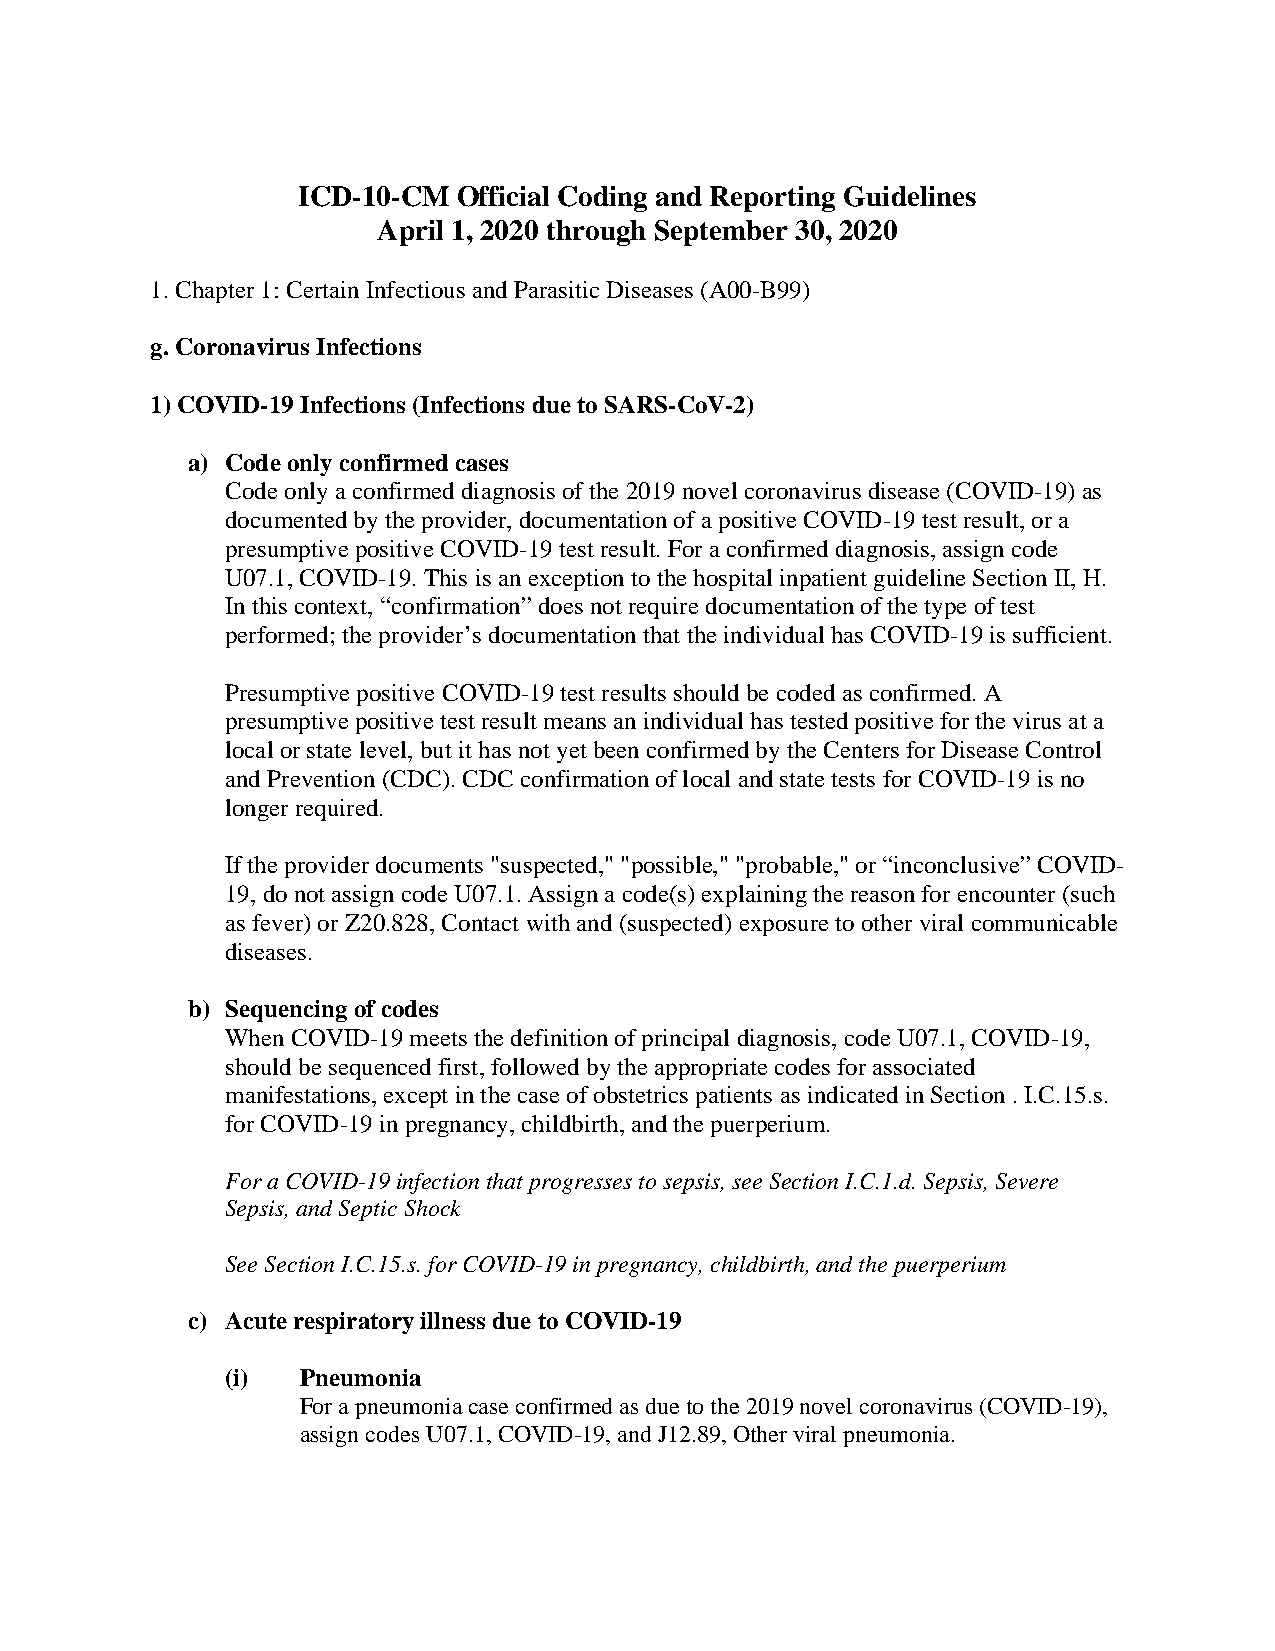
ICD-10-CM Official Coding and Reporting Guidelines
 April 1, 2020 through September 30, 2020
 1. Chapter 1: Certain Infectious and Parasitic Diseases (A00-B99)
 g. Coronavirus Infections
 1) COVID-19 Infections (Infections due to SARS-CoV-2)
 a) Code only confirmed cases
 Code only a confirmed diagnosis of the 2019 novel coronavirus disease (COVID-19) as
 documented by the provider, documentation of a positive COVID-19 test result, or a
 presumptive positive COVID-19 test result. For a confirmed diagnosis, assign code
 U07.1, COVID-19. This is an exception to the hospital inpatient guideline Section II, H.
 In this context, “confirmation” does not require documentation of the type of test
 performed; the provider’s documentation that the individual has COVID-19 is sufficient.
 Presumptive positive COVID-19 test results should be coded as confirmed. A
 presumptive positive test result means an individual has tested positive for the virus at a
 local or state level, but it has not yet been confirmed by the Centers for Disease Control
 and Prevention (CDC). CDC confirmation of local and state tests for COVID-19 is no
 longer required.
 If the provider documents "suspected," "possible," "probable," or “inconclusive” COVID-
 19, do not assign code U07.1. Assign a code(s) explaining the reason for encounter (such
 as fever) or Z20.828, Contact with and (suspected) exposure to other viral communicable
 diseases.
 b) Sequencing of codes
 When COVID-19 meets the definition of principal diagnosis, code U07.1, COVID-19,
 should be sequenced first, followed by the appropriate codes for associated
 manifestations, except in the case of obstetrics patients as indicated in Section . I.C.15.s.
 for COVID-19 in pregnancy, childbirth, and the puerperium.
 For a COVID-19 infection that progresses to sepsis, see Section I.C.1.d. Sepsis, Severe
 Sepsis, and Septic Shock
 See Section I.C.15.s. for COVID-19 in pregnancy, childbirth, and the puerperium
 c) Acute respiratory illness due to COVID-19
 (i)  Pneumonia
 For a pneumonia case confirmed as due to the 2019 novel coronavirus (COVID-19),
 assign codes U07.1, COVID-19, and J12.89, Other viral pneumonia.